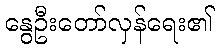
နွေဦးတော်လှန်ရေး၏